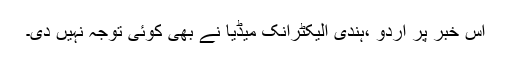
اس خبر پر اردو ،ہندی الیکٹرانک میڈیا نے بھی کوئی توجہ نہیں دی۔